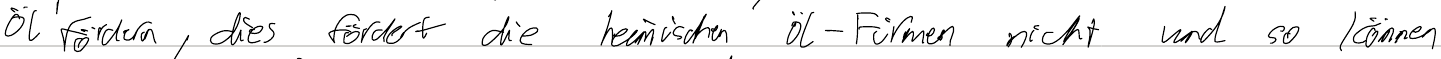
Öl fördern, die fördert die heimischen Öl-Firmen nicht und so können